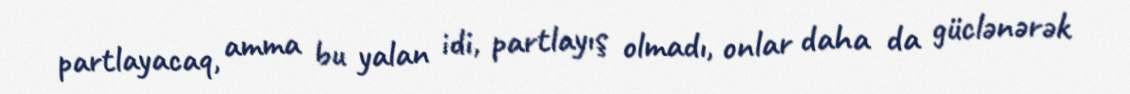
partlayacaq, amma bu yalan idi, partlayış olmadı, onlar daha da güclənərək